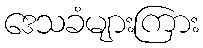
ဒေသခံများကြား